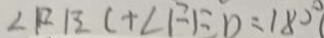
\angle F B C + \angle F E D = 1 8 0 ^ { \circ }